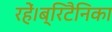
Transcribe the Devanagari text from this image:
रहें।ब्रिटैनिका